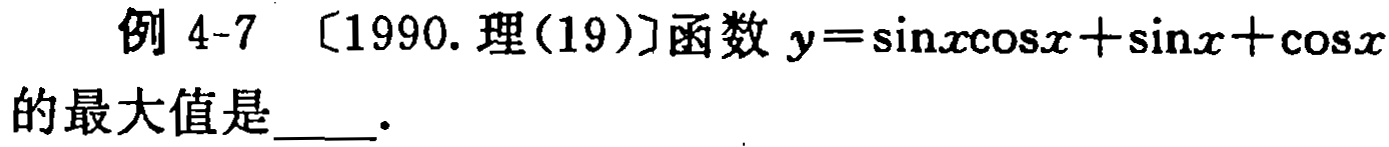
例 4-7 〔1990. 理(19)〕函数 \(y = \sin x\cos x+\sin x+\cos x\)的最大值是  ．